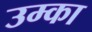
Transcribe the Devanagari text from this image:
उम्का